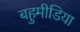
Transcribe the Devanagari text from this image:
बहुमीडिया